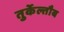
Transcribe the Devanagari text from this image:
तुर्केल्तौब